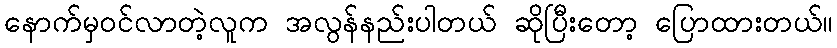
နောက်မှဝင်လာတဲ့လူက အလွန်နည်းပါတယ် ဆိုပြီးတော့ ပြောထားတယ်။